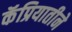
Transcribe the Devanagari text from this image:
कॅप्रियातीने